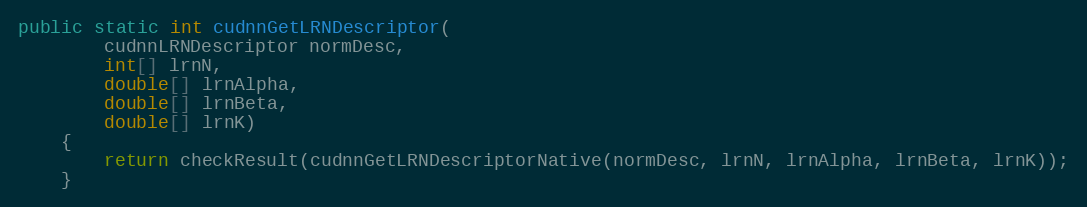
Language: Java
public static int cudnnGetLRNDescriptor(
        cudnnLRNDescriptor normDesc,
        int[] lrnN,
        double[] lrnAlpha,
        double[] lrnBeta,
        double[] lrnK)
    {
        return checkResult(cudnnGetLRNDescriptorNative(normDesc, lrnN, lrnAlpha, lrnBeta, lrnK));
    }